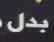
بدل